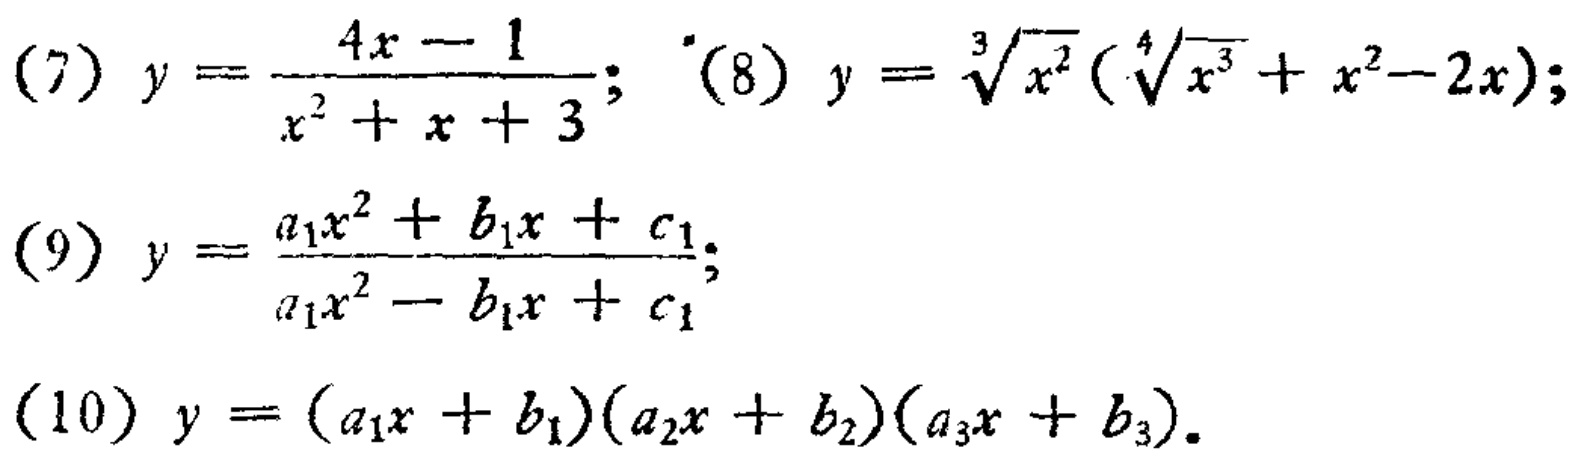
(7) \(y = \frac{4x - 1}{x^{2}+x + 3}\); (8) \(y = \sqrt[3]{x^{2}}(\sqrt[4]{x^{3}}+x^{2}-2x)\);
(9) \(y = \frac{a_{1}x^{2}+b_{1}x + c_{1}}{a_{1}x^{2}-b_{1}x + c_{1}}\);
(10) \(y=(a_{1}x + b_{1})(a_{2}x + b_{2})(a_{3}x + b_{3})\)